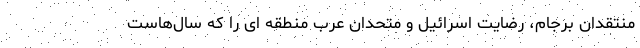
منتقدان برجام، رضایت اسرائیل و متحدان عرب منطقه ای را که سال‌هاست